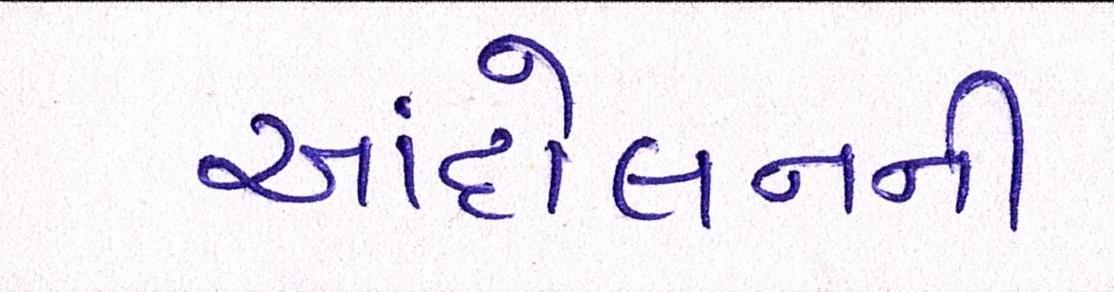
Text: આંદોલનની